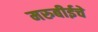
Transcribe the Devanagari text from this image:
मरुबीईचे